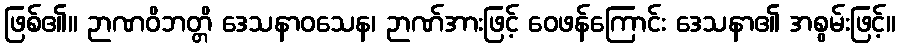
ဖြစ်၏။ ဉာဏဝိဘတ္တိ ဒေသနာဝသေန၊ ဉာဏ်အားဖြင့် ဝေဖန်ကြောင်း ဒေသနာ၏ အစွမ်းဖြင့်။